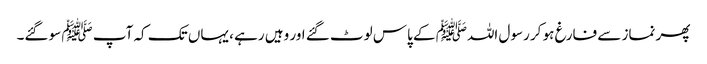
پھر نماز سے فارغ ہو کر رسول اللہﷺ کے پاس لوٹ گئے اور وہیں رہے ، یہاں تک کہ آپ ﷺ سو گئے۔